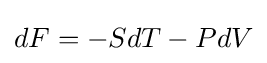
dF=-SdT-PdV